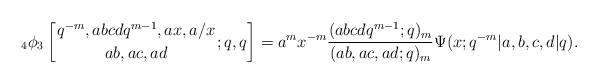
LaTeX: \begin{align*}{}_4\phi_3\left[ {q^{-m}, abcdq^{m-1},ax,a/x\atop ab,ac,ad};q,q \right]=a^m x^{-m}{(abcdq^{m-1};q)_m \over (ab,ac,ad;q)_m}\Psi(x;q^{-m}|a,b,c,d|q).\end{align*}